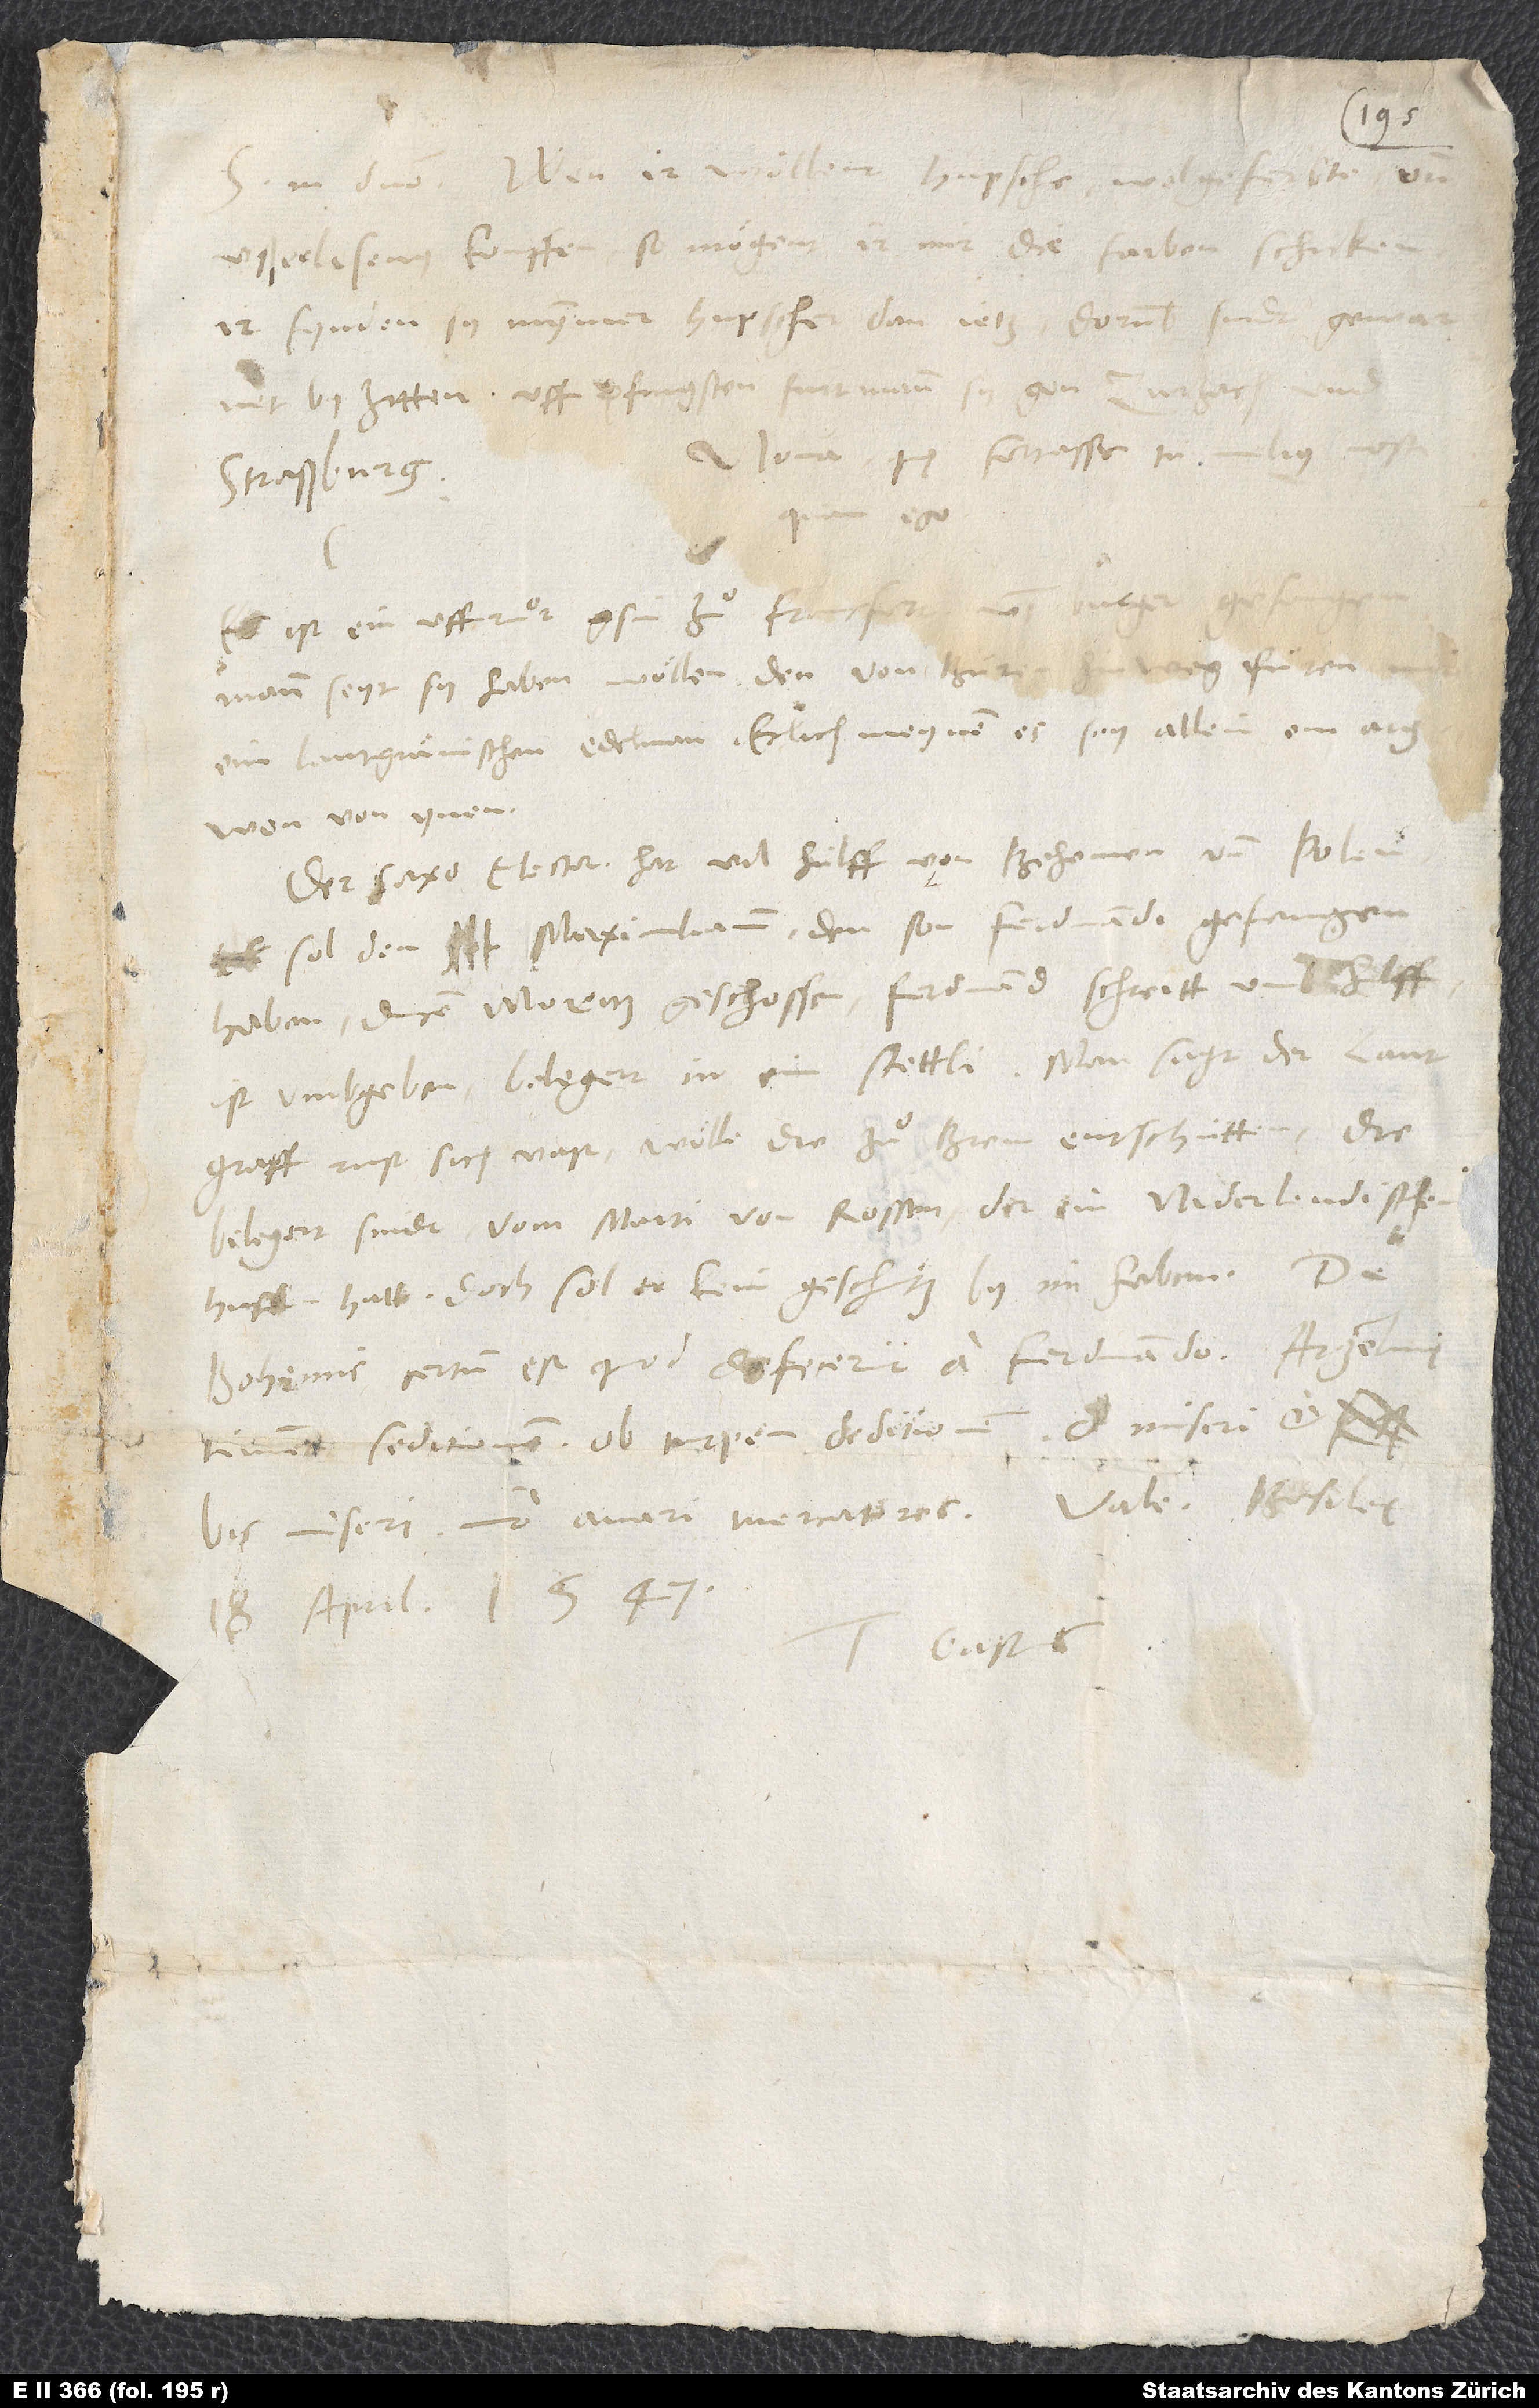
S. in domino. Wen ir wöllent hupsche, wolgeferbte und
ußerlesenę wolle kouffen, so mögent ir mir die farben schicken.
Ir fynden sy nymmer hupscher dan jetz. Dorumb sind gewarnet
by zitten. Uff pfingsten furt man sy gon Zurzach und
Nova, quę fortasse tu melius nosti
Straßburg.
quam ego:
Es ist ein uffruͦr gsin zuͦ Francfort, 6 burger
Mann seyt, sy haben wöllen den von Buͤren hinweg fuͤren
ein lantgrävischen edelman. Etlich meynen, es sey allein ein argwon
Der Saxo elector hat vil hülff von Behemen und Polen;
sol den Maximiliann, den son Ferdinandi, gefangen
haben, ducem Moritz geschossen. Ferdinand schreitt umb hilff.
Ist umbgeben, belegert in ein stettli. Man sagt, der lantgraff
rust sich vast. Wölle die zuͦ Brem entschütten, die
belegert sindt vom Marti von Rossen, der ein niderlendischen
huffen hatt. Doch sol er kein geschütz by im haben. De
Bohemis certum est, quod defecerunt a Ferdinando.
timent seditionem ob turpem deditionem. O miseri et
bis miseri, imo avari mercatores! Vale. Basileę,
18. aprilis 1547.
Tuus Gastius.